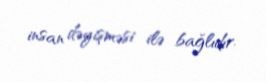
insan dəyişməsi ilə bağlıdır.